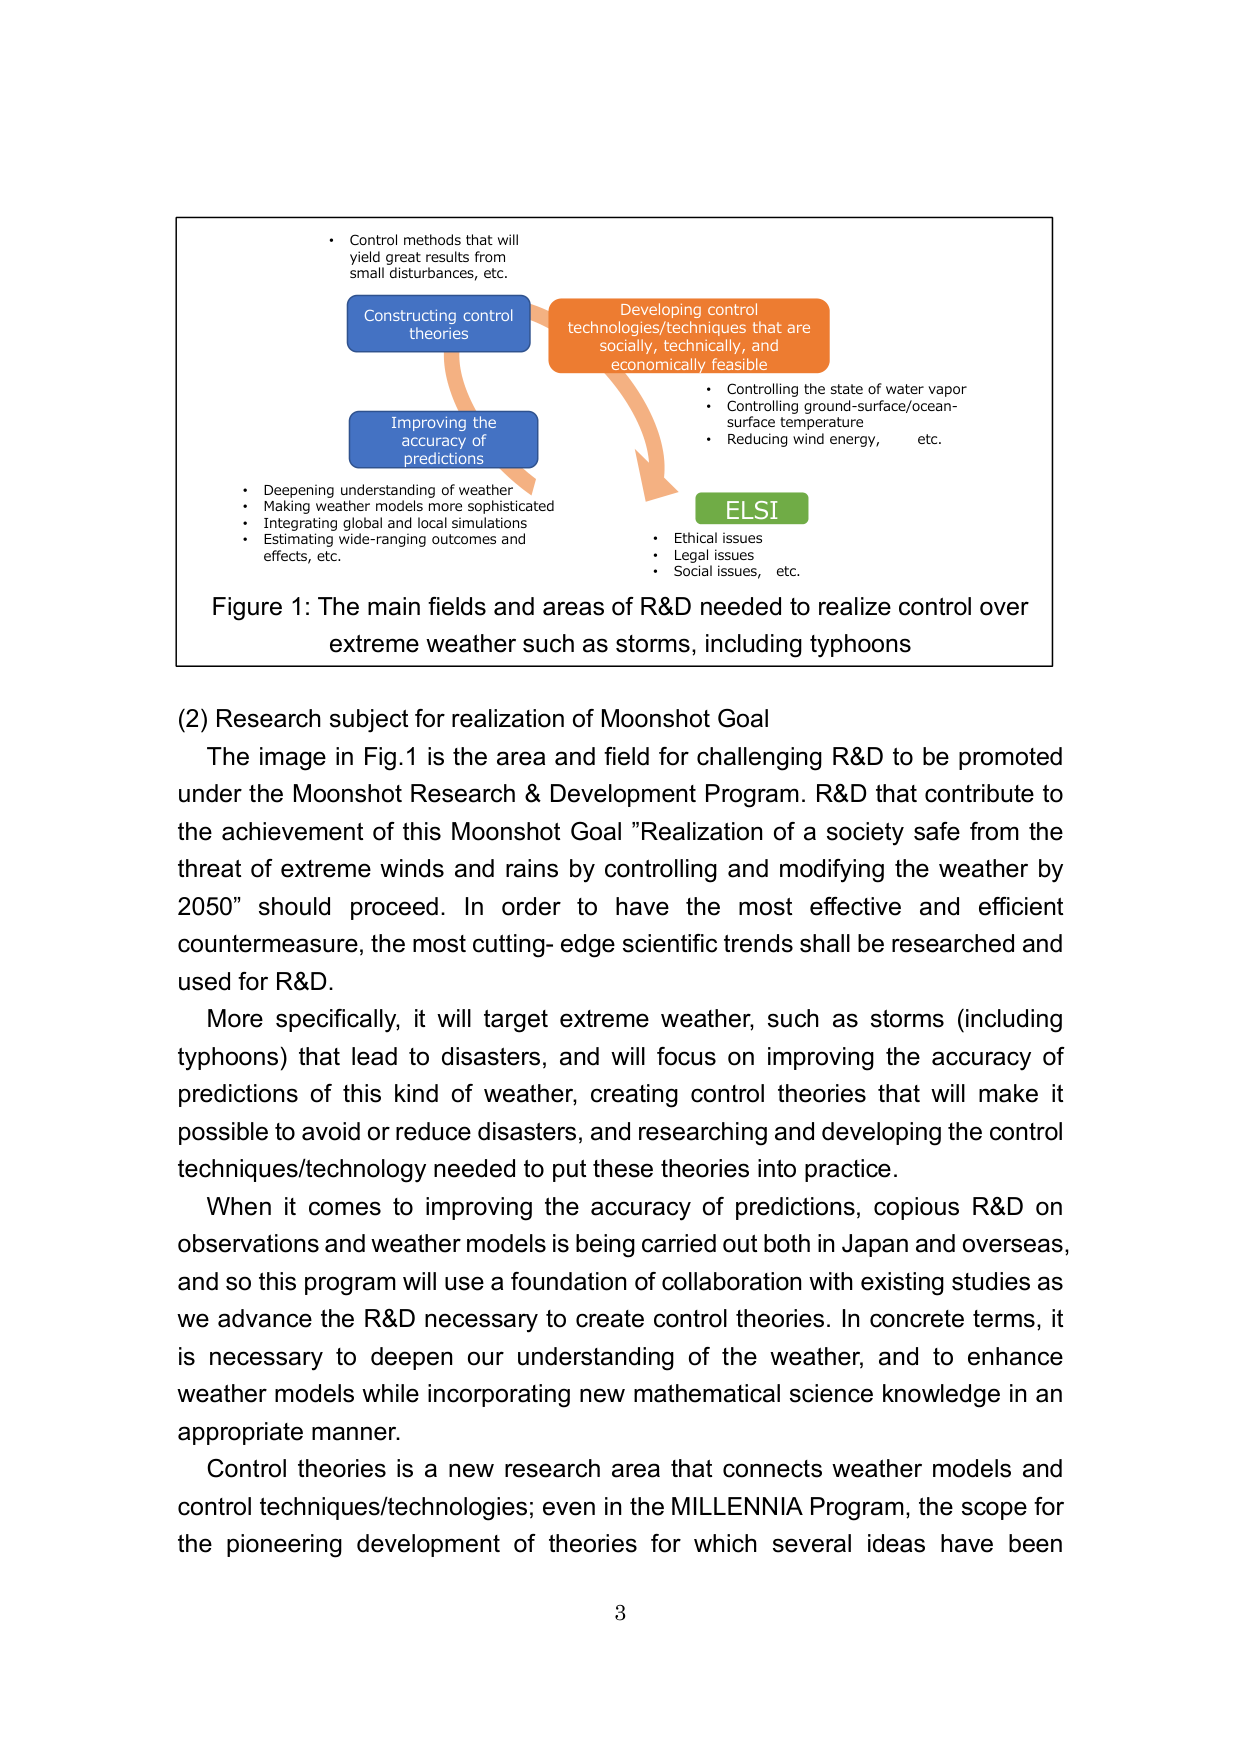
• Control methods that will yield great results from small disturbances, etc.

Constructing control theories

Improving the accuracy of predictions

• Deepening understanding of weather
• Making weather models more sophisticated
• Integrating global and local simulations
• Estimating wide-ranging outcomes and effects, etc.

Developing control technologies/techniques that are socially, technically, and economically feasible

• Controlling the state of water vapor
• Controlling ground-surface/ocean-surface temperature
• Reducing wind energy, etc.

ELSI

• Ethical issues
• Legal issues
• Social issues, etc.

Figure 1: The main fields and areas of R&D needed to realize control over extreme weather such as storms, including typhoons

(2) Research subject for realization of Moonshot Goal

The image in Fig.1 is the area and field for challenging R&D to be promoted under the Moonshot Research & Development Program. R&D that contribute to the achievement of this Moonshot Goal "Realization of a society safe from the threat of extreme winds and rains by controlling and modifying the weather by 2050" should proceed. In order to have the most effective and efficient countermeasure, the most cutting-edge scientific trends shall be researched and used for R&D.

More specifically, it will target extreme weather, such as storms (including typhoons) that lead to disasters, and will focus on improving the accuracy of predictions of this kind of weather, creating control theories that will make it possible to avoid or reduce disasters, and researching and developing the control techniques/technology needed to put these theories into practice.

When it comes to improving the accuracy of predictions, copious R&D on observations and weather models is being carried out both in Japan and overseas, and so this program will use a foundation of collaboration with existing studies as we advance the R&D necessary to create control theories. In concrete terms, it is necessary to deepen our understanding of the weather, and to enhance weather models while incorporating new mathematical science knowledge in an appropriate manner.

Control theories is a new research area that connects weather models and control techniques/technologies; even in the MILLENNIA Program, the scope for the pioneering development of theories for which several ideas have been

3